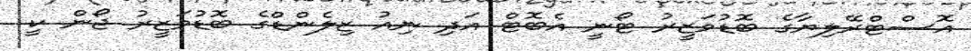
އޮސްޓްރޭލިޔާގެ ބޮޑުވަޒީރު ޓޯނީ އެބޮޓް އަދި ނިއު ޒިލެންޑްގެ ބޮޑުވަޒީރު ޖޯން ކީ